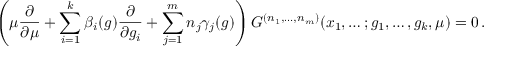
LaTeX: \left( \mu \frac { \partial } { \partial \mu } + \sum _ { i = 1 } ^ { k } \beta _ { i } ( g ) \frac { \partial } { \partial g _ { i } } + \sum _ { j = 1 } ^ { m } n _ { j } \gamma _ { j } ( g ) \right) G ^ { ( n _ { 1 } , \ldots , n _ { m } ) } ( x _ { 1 } , \ldots ; g _ { 1 } , \ldots , g _ { k } , \mu ) = 0 \, .